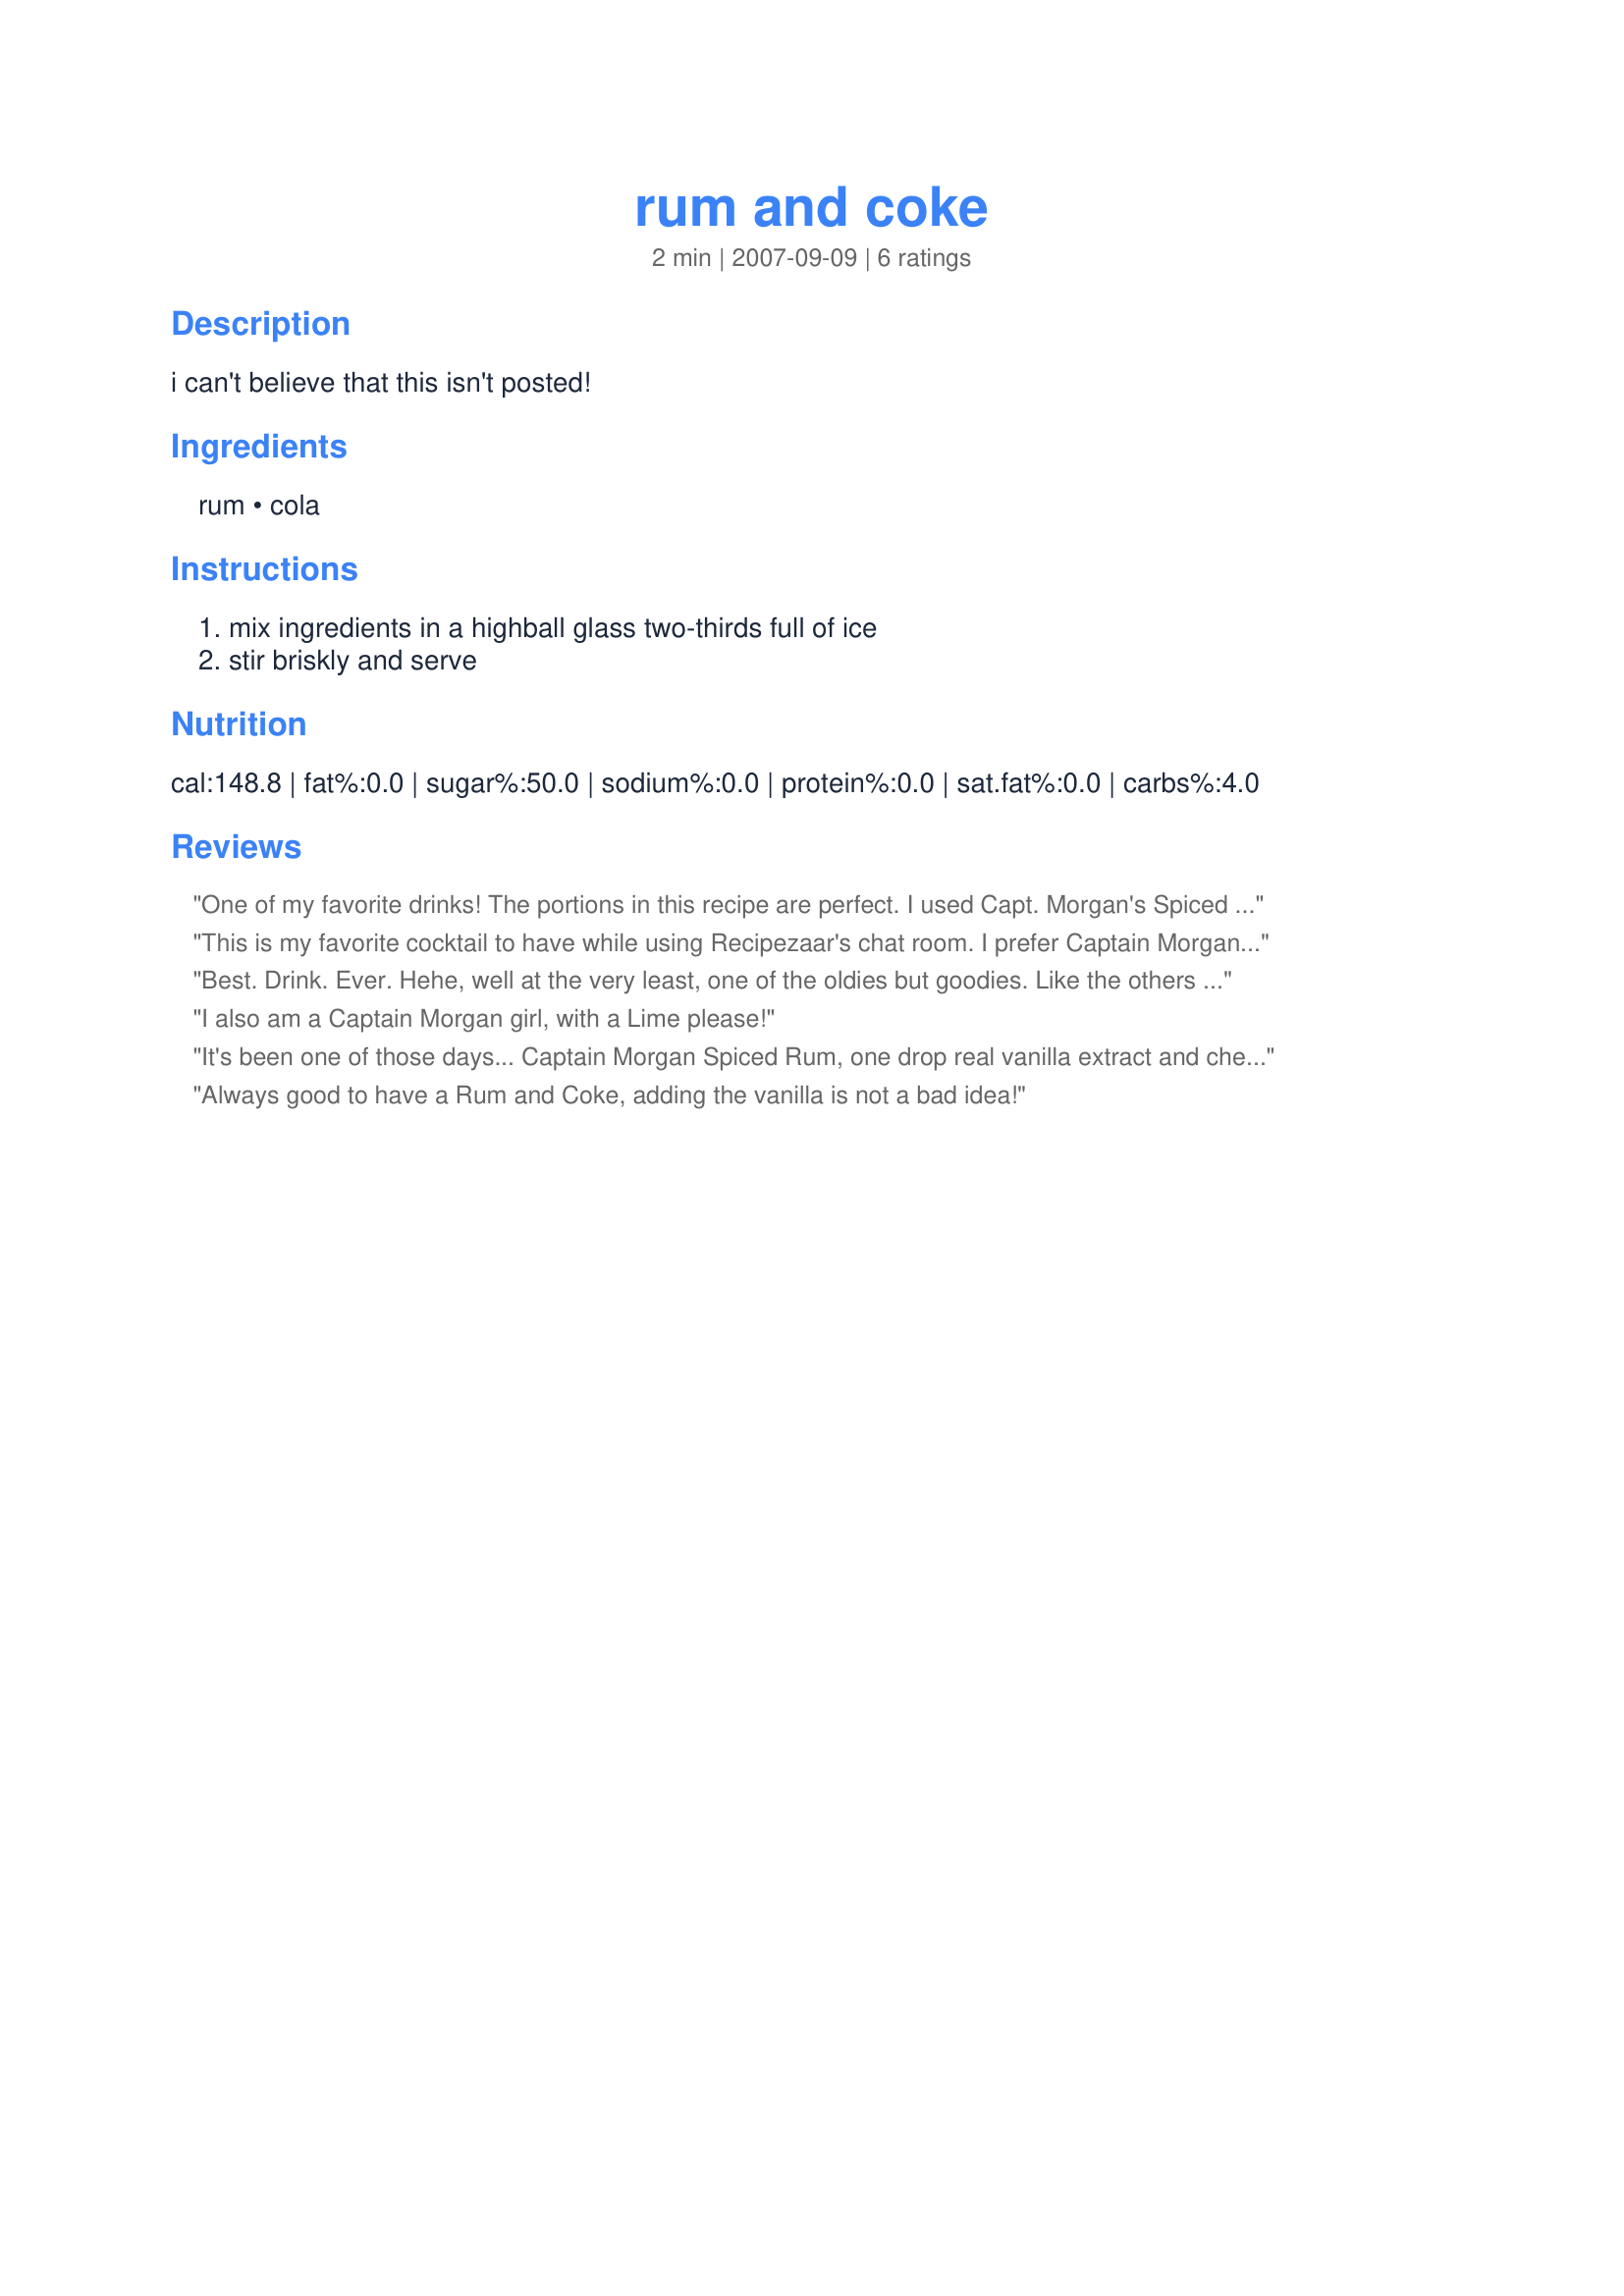
rum and coke
Preparation time: 2 minutes

i can't believe that this isn't posted!

Ingredients:
rum, cola

Steps:
mix ingredients in a highball glass two-thirds full of ice, stir briskly and serve

Reviews:
One of my favorite drinks! The portions in this recipe are perfect. I used Capt. Morgan's Spiced Rum, it was delish and much enjoyed! Thanks!
This is my favorite cocktail to have while using Recipezaar's chat room. I prefer Captain Morgans Spiced Rum with Vanilla Coke. It tastes a bit like cream soda because of the spiced rum mixed with the vanilla in the coke
Best. Drink. Ever. Hehe, well at the very least, one of the oldies but goodies.

Like the others who've reviewed it, I too prefer Captain Morgan's spiced rum. I usually do Diet Coke or Coke Zero. Refreshing and fun ;)
I also am a Captain Morgan girl, with a Lime please!
It's been one of those days...

 Captain Morgan Spiced Rum, one drop real vanilla extract and cherry Coke, please! Arr, arr, arr!
Always good to have a Rum and Coke, adding the vanilla is not a bad idea!
